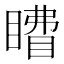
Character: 𰥽